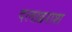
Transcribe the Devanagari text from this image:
दलख़राश